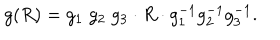
g ( R ) = g _ { 1 } \; g _ { 2 } \; g _ { 3 } \cdot R \cdot g _ { 1 } ^ { - 1 } g _ { 2 } ^ { - 1 } g _ { 3 } ^ { - 1 } .